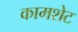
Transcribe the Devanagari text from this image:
कामशेट